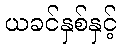
ယခင်နှစ်နှင့်